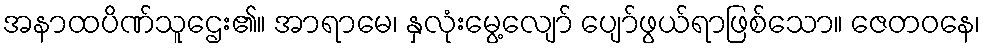
အနာထပိဏ်သူဌေး၏။ အာရာမေ၊ နှလုံးမွေ့လျော် ပျော်ဖွယ်ရာဖြစ်သော။ ဇေတဝနေ၊